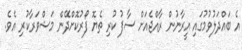
އެ ބައްދަލުވުމުގައި އީރާނުން ރާއްޖެއަށް ސާފު ކުރި ތެޔޮ ފޯރުކޮށްދޭން މަޝްވަރާކުރި އެވެ.